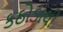
કઠોડાથી